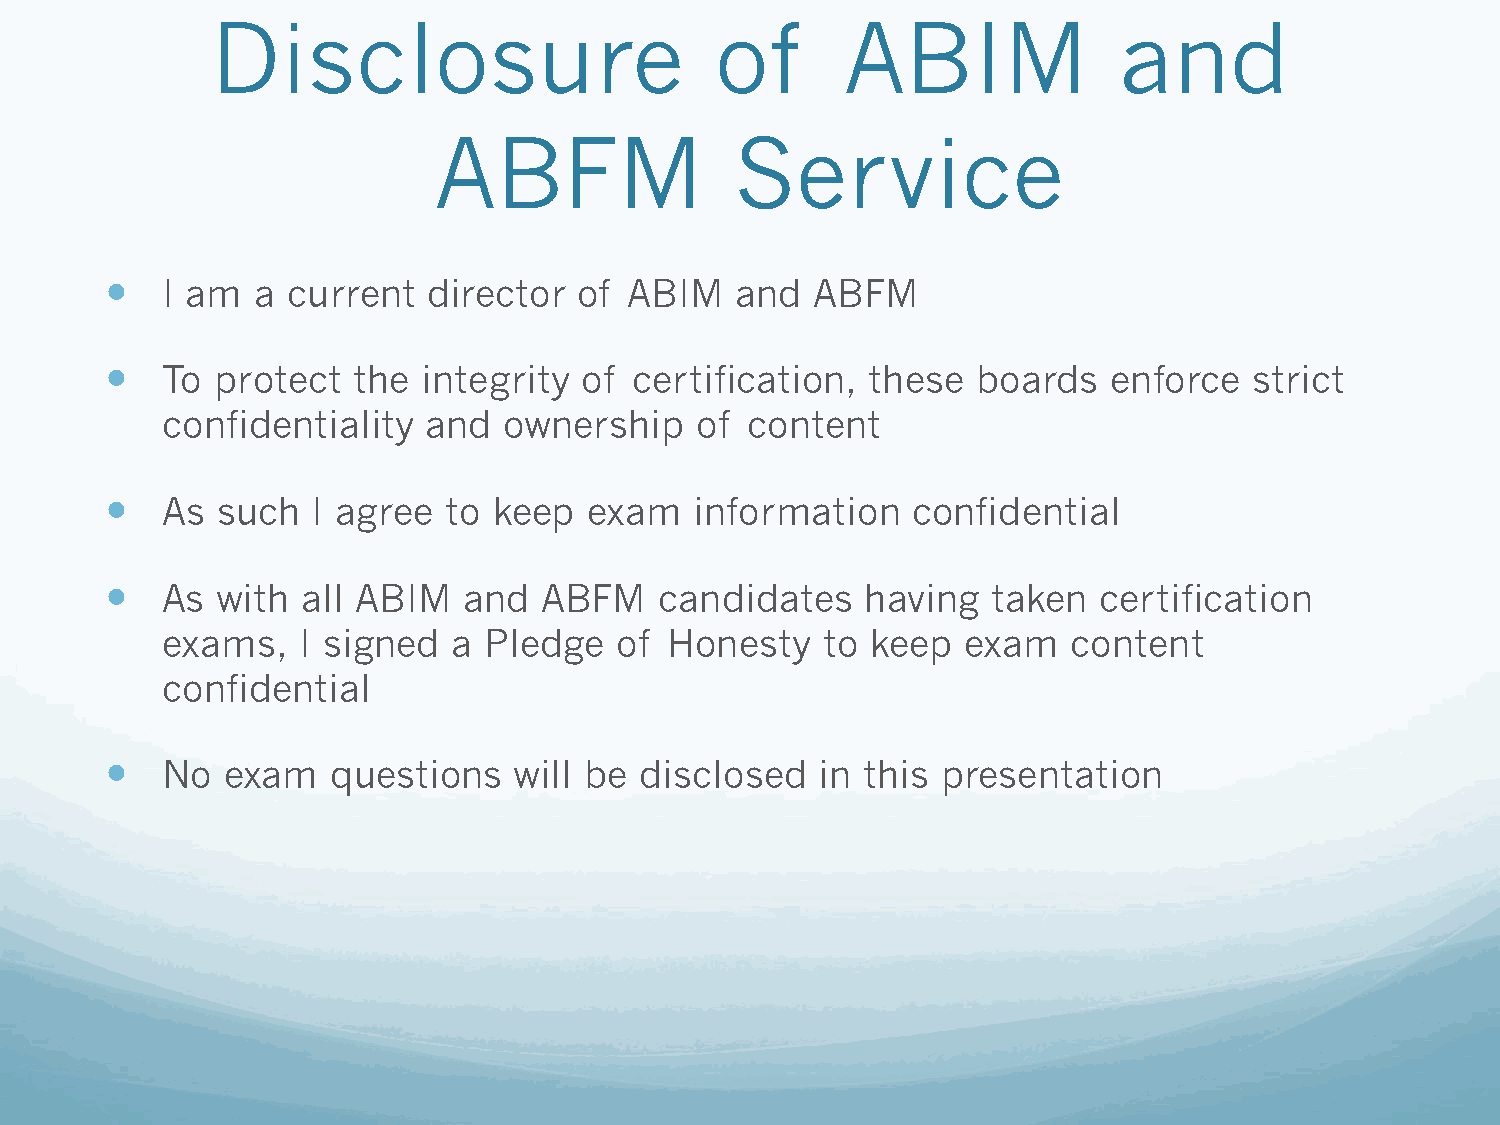
Disclosure                       of       ABIM              and
 ABFM                Service
    I am  a current  director  of  ABIM   and  ABFM
    To protect  the  integrity of  certification, these   boards  enforce   strict
 confidentiality  and  ownership    of content
    As such   I agree  to keep  exam   information   confidential
    As with  all ABIM   and  ABFM    candidates   having   taken  certification
 exams,   I signed  a Pledge   of Honesty   to  keep  exam   content
 confidential
    No  exam   questions   will be disclosed   in this presentation